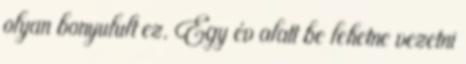
olyan bonyulult ez. Egy év alatt be lehetne vezetni